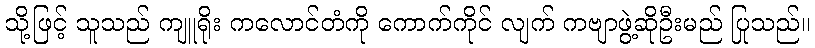
သို့ဖြင့် သူသည် ကျူရိုး ကလောင်တံကို ကောက်ကိုင် လျက် ကဗျာဖွဲ့ဆိုဦးမည် ပြုသည်။